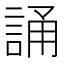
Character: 誦